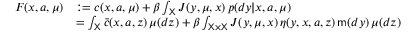
\begin{array} { r l } { F ( x , a , \mu ) } & { : = c ( x , a , \mu ) + \beta \int _ { { \mathsf X } } J ( y , \mu , x ) \, p ( d y | x , a , \mu ) } \\ & { = \int _ { { \mathsf X } } { \bar { c } } ( x , a , z ) \, \mu ( d z ) + \beta \int _ { { \mathsf X } \times { \mathsf X } } J ( y , \mu , x ) \, \eta ( y , x , a , z ) \, \mathsf { m } ( d y ) \, \mu ( d z ) } \end{array}